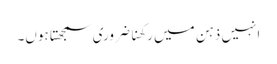
انہیں ذہن میں رکھنا ضروری سمجھتا ہوں۔